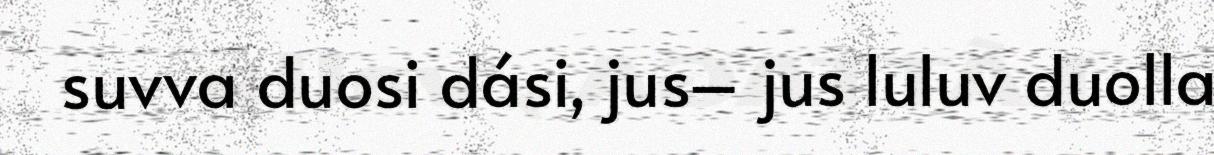
suvva duosi dási, jus– jus luluv duolla